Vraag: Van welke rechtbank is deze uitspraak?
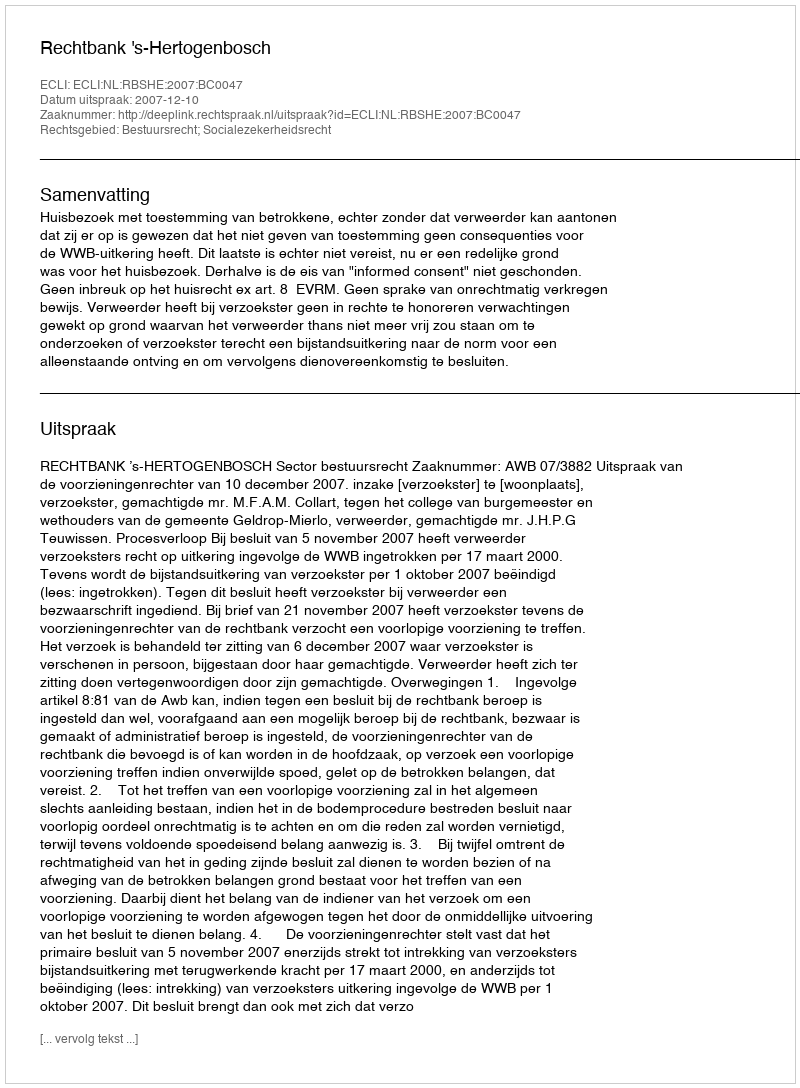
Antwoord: Rechtbank 's-Hertogenbosch